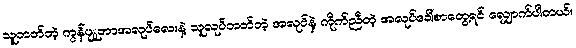
သူတတ်တဲ့ ကွန်ပျူတာအလုပ်လေးနဲ့ သူလုပ်တတ်တဲ့ အလုပ်နဲ့ ကိုက်ညီတဲ့ အလုပ်ခေါ်စာတွေ့ရင် လျှောက်ပါတယ်။